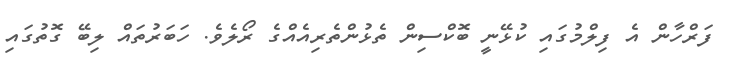
ފަރްހާން އެ ފިލްމުގައި ކުޅޭނީ ބޮކްސިން ތެޅުންތެރިއެއްގެ ރޯލެވެ. ހަބަރުތައް ލިބޭ ގޮތުގައި